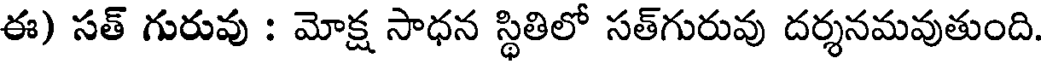
ఈ) సత్ గురువు : మోక్ష సాధన స్థితిలో సత్గురువు దర్శనమవుతుంది